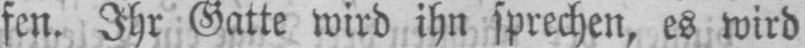
fen. Ihr Gatte wird ihn sprechen, es wird